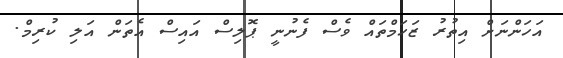
އަހަންނަށް އިތުރު ޒަހަމްތައް ވެސް ފެނުނީ ޕޮލިސް އައިސް އެތަން އަލި ކުރިމް.